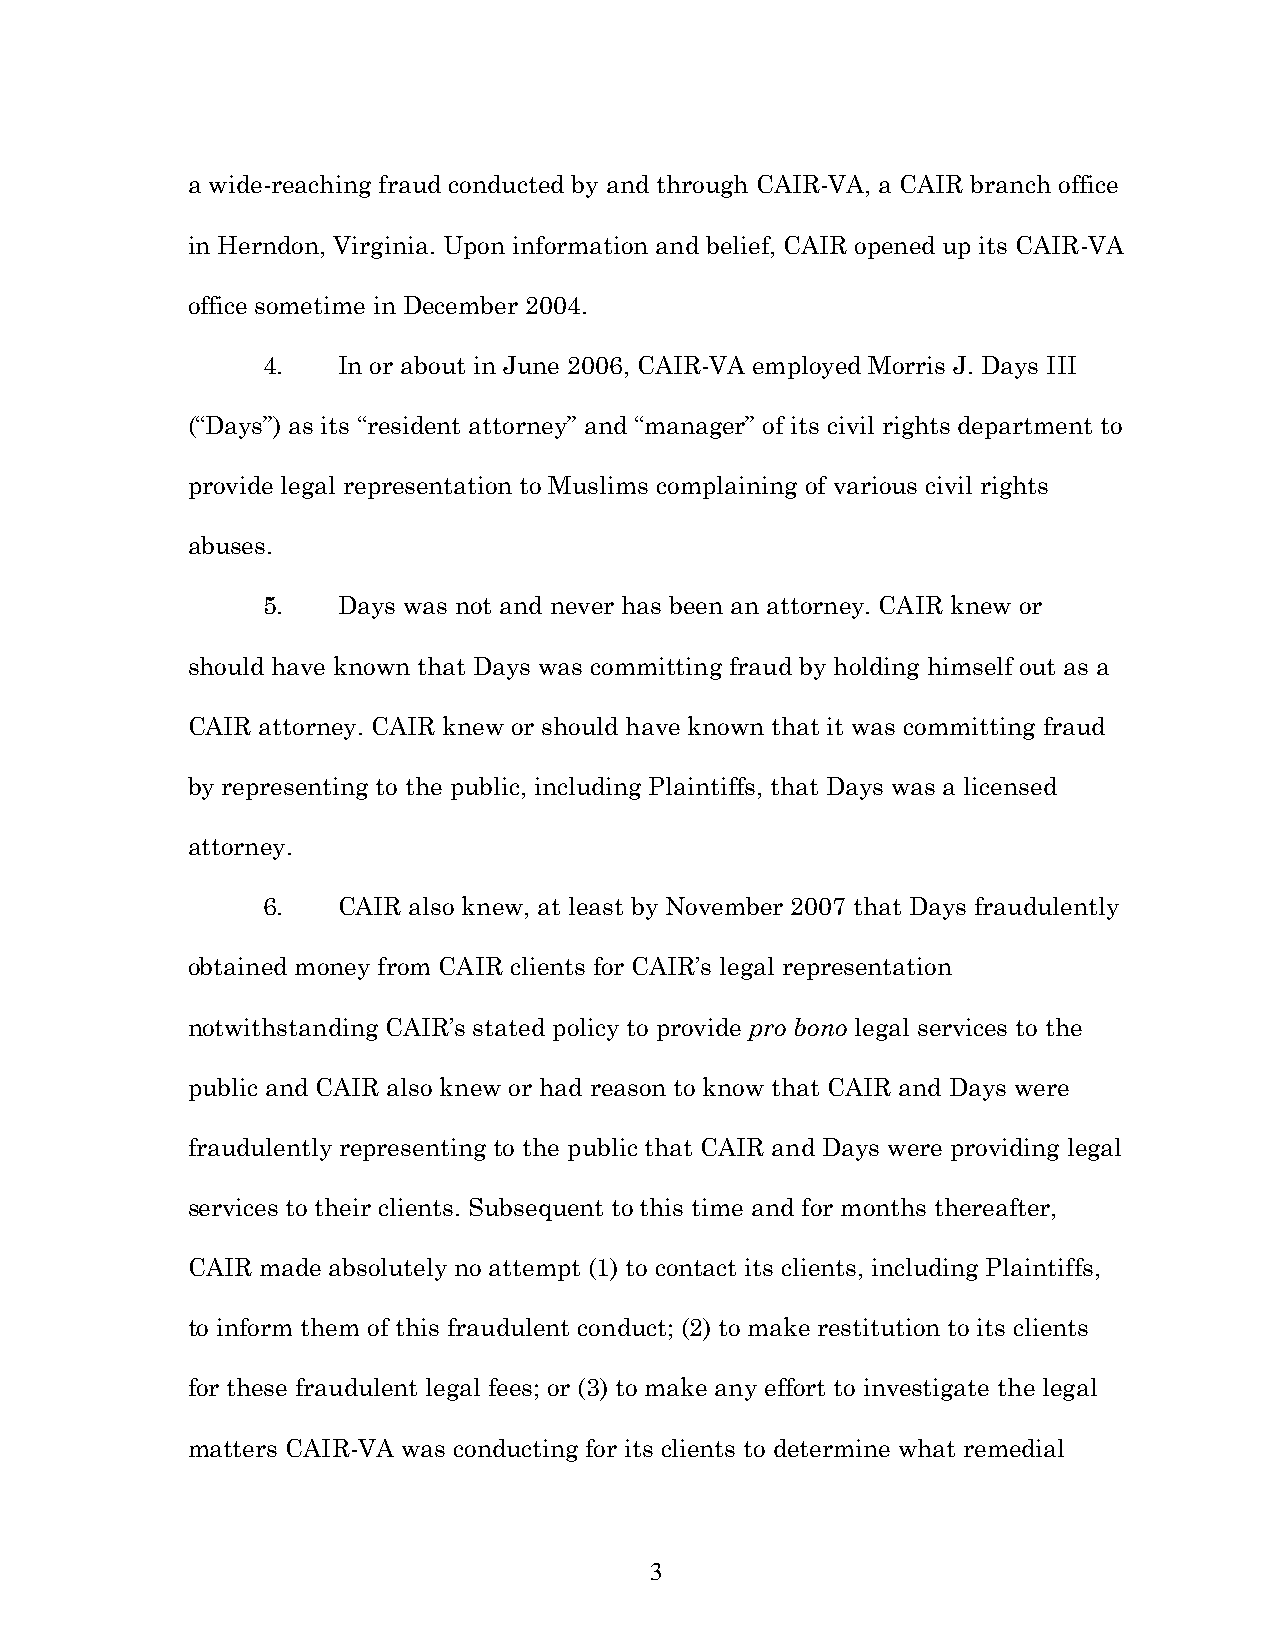
a wide-reaching fraud conducted by and through CAIR-VA, a CAIR branch office
 in Herndon, Virginia. Upon information and belief, CAIR opened up its CAIR-VA
 office sometime in December 2004.
 4.   In or about in June 2006, CAIR-VA employed Morris J. Days III
 (“Days”) as its “resident attorney” and “manager” of its civil rights department to
 provide legal representation to Muslims complaining of various civil rights
 abuses.
 5.   Days was not and never has been an attorney. CAIR knew or
 should have known that Days was committing fraud by holding himself out as a
 CAIR attorney. CAIR knew or should have known that it was committing fraud
 by representing to the public, including Plaintiffs, that Days was a licensed
 attorney.
 6.   CAIR also knew, at least by November 2007 that Days fraudulently
 obtained money from CAIR clients for CAIR’s legal representation
 notwithstanding CAIR’s stated policy to provide pro bono legal services to the
 public and CAIR also knew or had reason to know that CAIR and Days were
 fraudulently representing to the public that CAIR and Days were providing legal
 services to their clients. Subsequent to this time and for months thereafter,
 CAIR made absolutely no attempt (1) to contact its clients, including Plaintiffs,
 to inform them of this fraudulent conduct; (2) to make restitution to its clients
 for these fraudulent legal fees; or (3) to make any effort to investigate the legal
 matters CAIR-VA was conducting for its clients to determine what remedial
 3